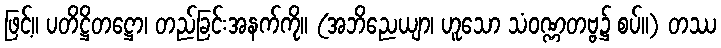
ဖြင့်။ ပတိဋ္ဌိတဋ္ဌော၊ တည်ခြင်းအနက်ကို။ (အဘိညေယျာ၊ ဟူသော သံဝဏ္ဏတဗ္ဗ၌ စပ်။) တဿ